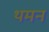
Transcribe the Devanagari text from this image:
थमन